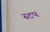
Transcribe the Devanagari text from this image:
स्टप